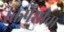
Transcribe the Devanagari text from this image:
रक्तपेशीचा